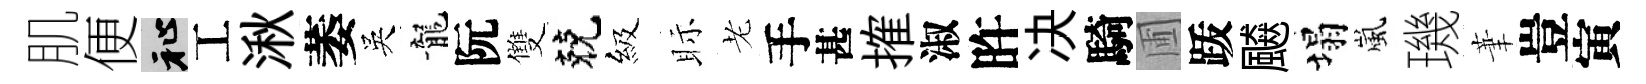
肌便祉工湫萎吳龍阮雙兢級眎老手甚搉淑旿决騎圃䟦飇塌嵐璣茟豈寅